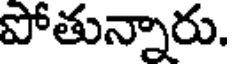
పోతున్నారు.